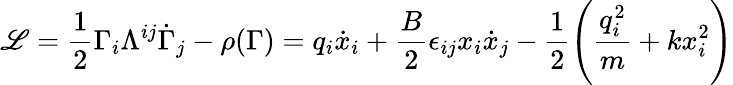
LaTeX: \mathscr{L}=\frac{{1}}{{2}}\Gamma_{i}\Lambda^{ij}\dot{{\Gamma}}_{j}-\rho(\Gamma)=q_{i}\dot{{x}}_{i}+\frac{{B}}{{2}}\epsilon_{ij}x_{i}\dot{{x}}_{j}-\frac{{1}}{{2}}\left(\frac{{q_{i}^{2}}}{{m}}+kx_{i}^{2}\right)